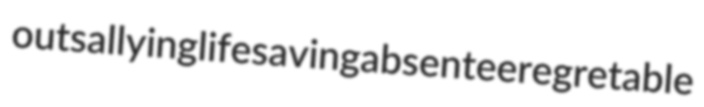
outsallying lifesaving absentee regretable